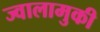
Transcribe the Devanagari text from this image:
ज्वालामुकी